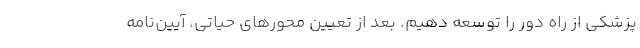
پزشکی از راه دور را توسعه دهیم. بعد از تعیین محورهای حیاتی، آیین‌نامه